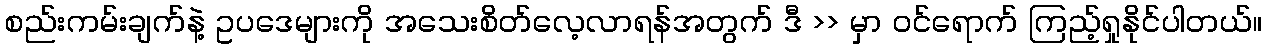
စည်းကမ်းချက်နဲ့ ဥပဒေများကို အသေးစိတ်လေ့လာရန်အတွက် ဒီ >> မှာ ၀င်ရောက် ကြည့်ရှုနိုင်ပါတယ်။